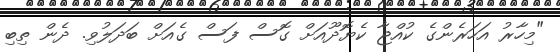
"މިހާރު އަހަރެންގެ ކުއްޖާ ކެޔޮދޫއަށް ގޮސް ފަސް ގެއަށް ބަދަލުވި. ދެން ތިބި